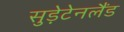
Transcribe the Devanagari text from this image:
सुड़ेटेनलैंड